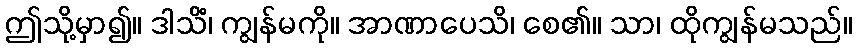
ဤသို့မှာ၍။ ဒါသိံ၊ ကျွန်မကို။ အာဏာပေသိ၊ စေ၏။ သာ၊ ထိုကျွန်မသည်။